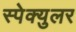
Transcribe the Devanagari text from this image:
स्पेक्युलर